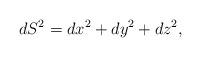
LaTeX: \begin{align*}dS^{2}=dx^{2}+dy^{2}+dz^{2},\end{align*}